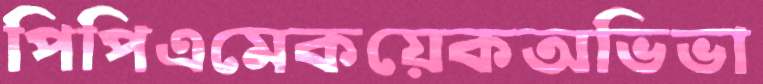
পিপিএমেকয়েকঅভিভা